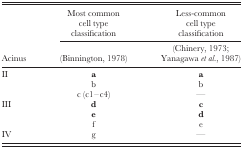
<table><thead><tr><td rowspan="3"><b>Acinus</b></td><td><b>Most common cell type classification</b></td><td><b>Less‐common cell type classification</b></td></tr><tr><td><b>(Binnington, 1978)</b></td><td><b>(Chinery, 1973; Yanagawa <i>et al</i>., 1987)</b></td></tr></thead><tbody><tr><td rowspan="3">II</td><td><b>a</b></td><td><b>a</b></td></tr><tr><td>b</td><td>b</td></tr><tr><td>c (c1–c4)</td><td>—</td></tr><tr><td rowspan="3">III</td><td><b>d</b></td><td><b>c</b></td></tr><tr><td><b>e</b></td><td><b>d</b></td></tr><tr><td>f</td><td>e</td></tr><tr><td>IV</td><td>g</td><td>—</td></tr></tbody></table>